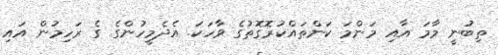
ތިބުނީ މާމަ އާއި މަންމަ ކަންތައްކުރޮގޮތުގެ ވާހަކަ. އެދެމީހުންގެ ގެ ރަހިމުން އައި